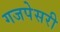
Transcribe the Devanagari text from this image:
गजपेसरी